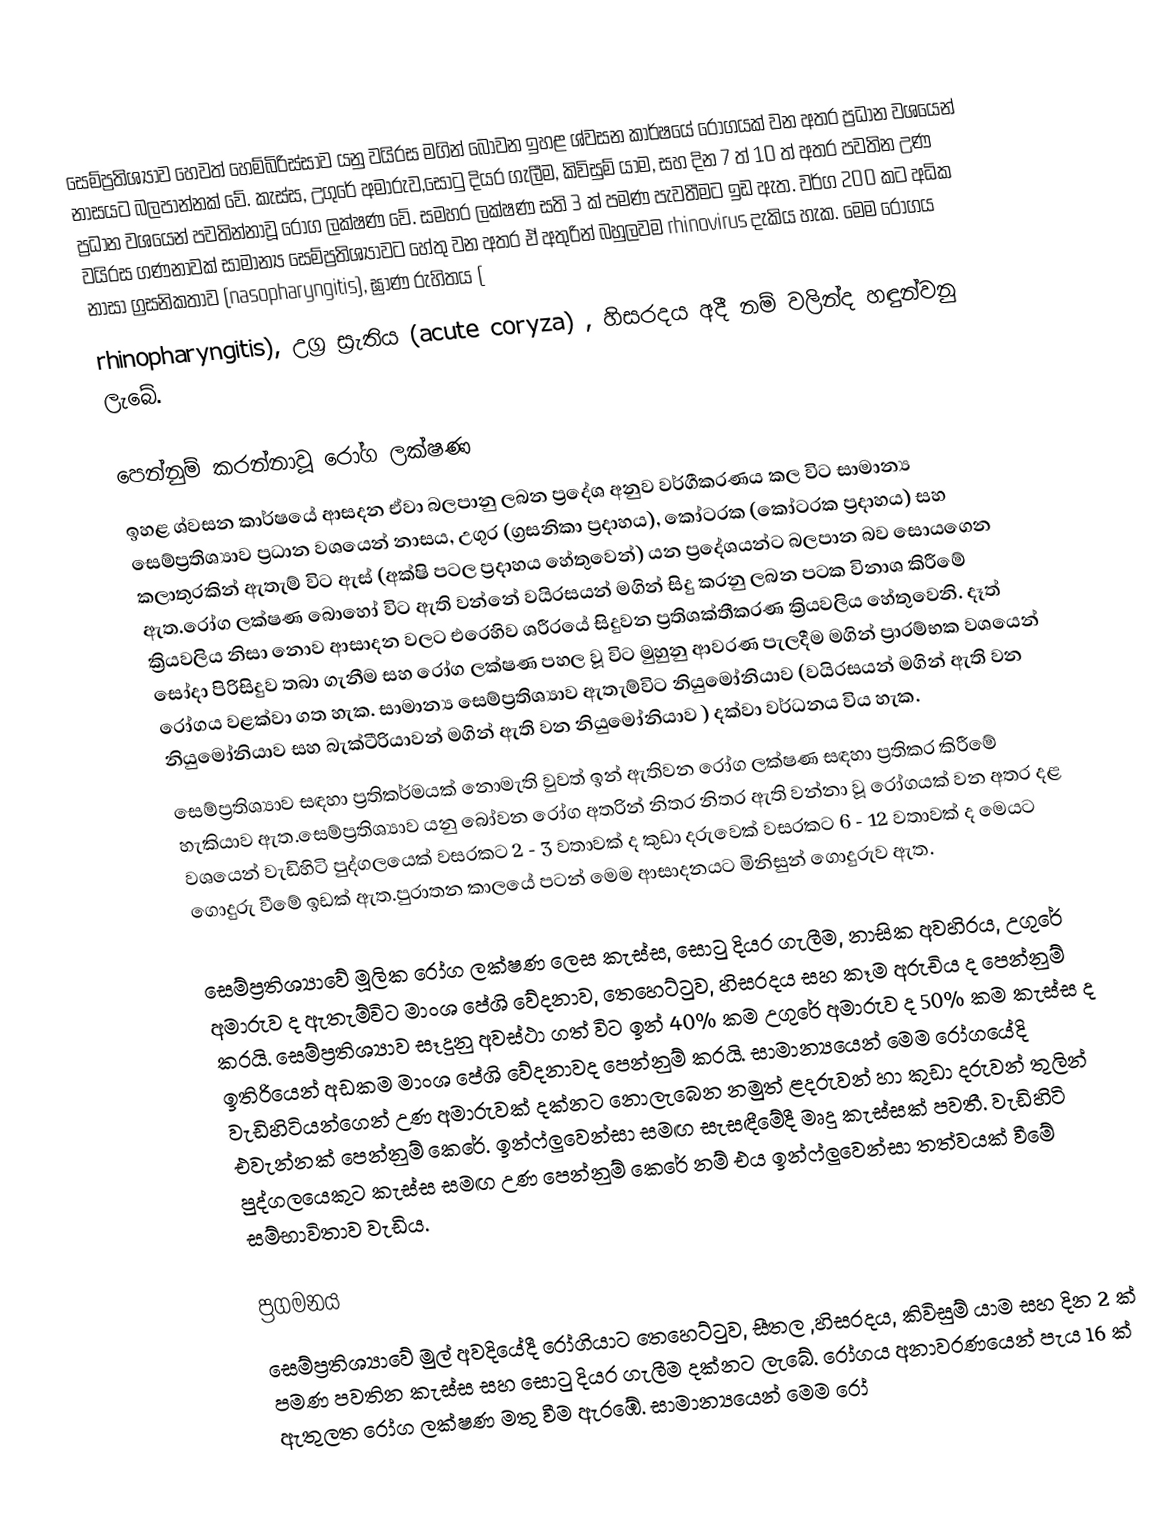
සෙම්ප්‍රතිශ්‍යාව හෙවත් හෙම්බිරිස්සාව යනු වයිරස මගින් බෝවන ඉහළ ශ්වසන කාර්ෂයේ රෝගයක් වන අතර ප්‍රධාන  වශයෙන් නාසයට බලපාන්නක් වේ. කැස්ස, උගුරේ අමාරුව,සොටු දියර ගැලීම, කිවිසුම් යාම, සහ දින 7 ත් 10 ත් අතර පවතින උණ ප්‍රධාන වශයෙන් පවතින්නාවූ රෝග ලක්ෂණ වේ. සමහර ලක්ෂණ සති 3 ක් පමණ පැවතීමට ඉඩ ඇත. වර්ග 200 කට අධික වයිරස ගණනාවක් සාමාන්‍ය සෙම්ප්‍රතිශ්‍යාවට හේතු වන අතර ඒ අතුරින් බහුලවම  rhinovirus දැකිය හැක. මෙම රෝගය  නාසා ග්‍රසනිකතාව (nasopharyngitis), ඝ්‍රාණ රුහිතය (
rhinopharyngitis), උග්‍ර ස්‍රැතිය (acute coryza)  , හිසරදය අදී නම් වලින්ද හඳුන්වනු ලැබේ.

පෙන්නුම් කරන්නාවූ රෝග ලක්ෂණ
ඉහළ ශ්වසන කාර්ෂයේ ආසදන ඒවා බලපානු ලබන ප්‍රදේශ අනුව වර්ගීකරණය කල විට සාමාන්‍ය සෙම්ප්‍රතිශ්‍යාව ප්‍රධාන වශයෙන් නාසය, උගුර (ග්‍රසනිකා ප්‍රදාහය), කෝටරක (කෝටරක ප්‍රදාහය)  සහ කලාතුරකින්  ඇතැම් විට ඇස් (අක්ෂි පටල ප්‍රදාහය හේතුවෙන්) යන ප්‍රදේශයන්ට බලපාන බව සොයගෙන ඇත.රෝග ලක්ෂණ බොහෝ විට ඇති වන්නේ වයිරසයන් මගින් සිදු කරනු ලබන පටක විනාශ කිරීමේ ක්‍රියවලිය නිසා නොව ආසාදන වලට එරෙහිව ශරීරයේ සිදුවන ප්‍රතිශක්තීකරණ ක්‍රියවලිය හේතුවෙනි. දෑත් සෝදා පිරිසිදුව තබා ගැනීම සහ රෝග ලක්ෂණ පහල වූ විට මුහුනු ආවරණ පැලදීම මගින් ප්‍රාරම්භක වශයෙන් රෝගය වළක්වා ගත හැක. සාමාන්‍ය සෙම්ප්‍රතිශ්‍යාව ඇතැම්විට නියුමෝනියාව (වයිරසයන් මගින් ඇති වන නියුමෝනියාව සහ බැක්ටීරියාවන් මගින් ඇති වන නියුමෝනියාව ) දක්වා වර්ධනය විය හැක.
සෙම්ප්‍රතිශ්‍යාව සඳහා ප්‍රතිකර්මයක් නොමැති වුවත් ඉන් ඇතිවන රෝග ලක්ෂණ සඳහා ප්‍රතිකර කිරීමේ හැකියාව ඇත.සෙම්ප්‍රතිශ්‍යාව යනු බෝවන රෝග අතරින් නිතර නිතර ඇති වන්නා වූ රෝගයක් වන අතර දළ වශයෙන් වැඩිහිටි පුද්ගලයෙක් වසරකට 2 - 3 වතාවක් ද කුඩා දරුවෙක් වසරකට 6 - 12 වතාවක් ද මෙයට ගොදුරු වීමේ ඉඩක් ඇත.පුරාතන කාලයේ පටන් මෙම ආසාදනයට මිනිසුන් ගොදුරුව ඇත.

සෙම්ප්‍රතිශ්‍යාවේ මූලික රෝග ලක්ෂණ ලෙස කැස්ස, සොටු දියර ගැලීම, නාසික අවහිරය, උගුරේ අමාරුව ද ඇතැම්විට මාංශ පේශි වේදනාව, තෙහෙට්ටුව, හිසරදය සහ කෑම අරුචිය   ද පෙන්නුම් කරයි. සෙම්ප්‍රතිශ්‍යාව සෑදුනු අවස්ථා ගත් විට ඉන් 40% කම උගුරේ අමාරුව ද 50% කම කැස්ස ද ඉතිරියෙන් අඩකම මාංශ පේශි වේදනාවද පෙන්නුම් කරයි. සාමාන්‍යයෙන් මෙම රෝගයේදි වැඩිහිටියන්ගෙන් උණ අමාරුවක් දක්නට නොලැබෙන නමුත් ළදරුවන් හා කුඩා දරුවන් තුලින් එවැන්නක් පෙන්නුම් කෙරේ. ඉන්ෆ්ලුවෙන්සා සමඟ සැසඳීමේදී මෘදු කැස්සක් පවතී. වැඩිහිටි පුද්ගලයෙකුට කැස්ස සමඟ උණ පෙන්නුම් කෙරේ නම් එය ඉන්ෆ්ලුවෙන්සා තත්වයක් වීමේ සම්භාවිතාව වැඩිය.

ප්‍රගමනය
සෙම්ප්‍රතිශ්‍යාවේ මුල් අවදියේදී රෝගියාට තෙහෙට්ටුව, සීතල ,හිසරදය, කිවිසුම් යාම සහ දින 2 ක් පමණ පවතින කැස්ස සහ සොටු දියර ගැලීම දක්නට ලැබේ.  රෝගය අනාවරණයෙන් පැය 16 ක් ඇතුලත රෝග ලක්ෂණ මතු වීම ඇරඹේ.   සාමාන්‍යයෙන් මෙම රෝ